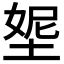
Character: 𡌰